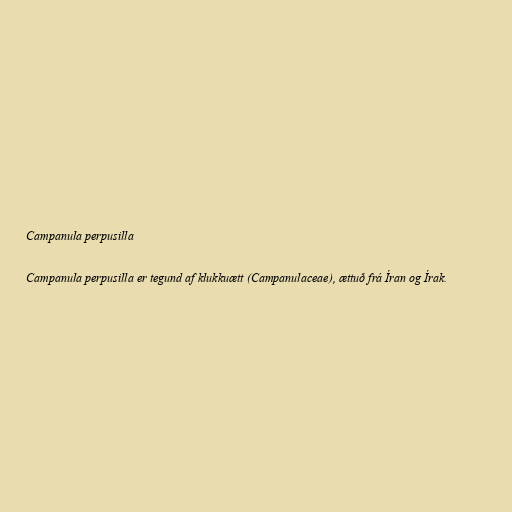
Campanula perpusilla

Campanula perpusilla er tegund af klukkuætt (Campanulaceae), ættuð frá Íran og Írak.